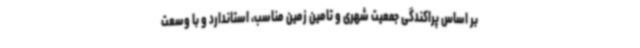
بر اساس پراکندگی جمعیت شهری و تامین زمین مناسب، استاندارد و با وسعت